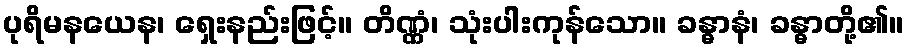
ပုရိမနယေန၊ ရှေးနည်းဖြင့်။ တိဏ္ဏံ၊ သုံးပါးကုန်သော။ ခန္ဓာနံ၊ ခန္ဓာတို့၏။